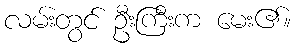
လမ်းတွင် ဦးကြီးက မေး၏။